Annual administration report of the Civil Veterinary Department of India - 1898-1899
Year: 1898
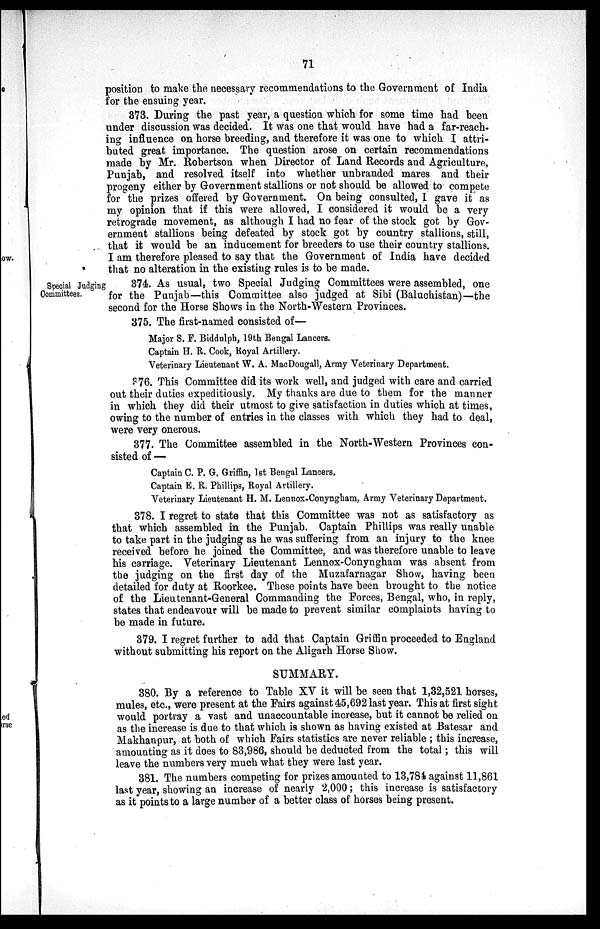
71
position to make the necessary recommendations to the Government of India
for the ensuing year.
373. During the past year, a question which for some time had been
under discussion was decided. It was one that would have had a far-reach-
ing influence on horse breeding, and therefore it was one to which I attri-
buted great importance. The question arose on certain recommendations
made by Mr. Robertson when Director of Land Records and Agriculture,
Punjab, and resolved itself into whether unbranded mares and their
progeny either by Government stallions or not should be allowed to compete
for the prizes offered by Government. On being consulted, I gave it as
my opinion that if this were allowed, I considered it would be a very
retrograde movement, as although I had no fear of the stock got by Gov-
ernment stallions being defeated by stock got by country stallions, still,
that it would be an inducement for breeders to use their country stallions.
I am therefore pleased to say that the Government of India have decided
that no alteration in the existing rules is to be made.
Special Judging
Committees.
374. As usual, two Special Judging Committees were assembled, one
for the Punjab—this Committee also judged at Sibi (Baluchistan)—the
second for the Horse Shows in the North-Western Provinces.
375. The first-named consisted of—
Major S. F. Biddulph, 19th Bengal Lancers.
Captain H. R. Cook, Royal Artillery.
Veterinary Lieutenant W. A. MacDougall, Army Veterinary Department.
376. This Committee did its work well, and judged with care and carried
out their duties expeditiously. My thanks are due to them for the manner
in which they did their utmost to give satisfaction in duties which at times,
owing to the number of entries in the classes with which they had to deal,
were very onerous.
377. The Committee assembled in the North-Western Provinces con-
sisted of—
Captain C. P. G. Griffin, 1st Bengal Lancers.
Captain E. R. Phillips, Royal Artillery.
Veterinary Lieutenant H. M. Lennox-Conyngham, Army Veterinary Department.
378. I regret to state that this Committee was not as satisfactory as
that which assembled in the Punjab. Captain Phillips was really unable
to take part in the judging as he was suffering from an injury to the knee
received before he joined the Committee, and was therefore unable to leave
his carriage. Veterinary Lieutenant Lennox-Conyngham was absent from
the judging on the first day of the Muzafarnagar Show, having been
detailed for duty at Roorkee. These points have been brought to the notice
of the Lieutenant-General Commanding the Forces, Bengal, who, in reply,
states that endeavour will be made to prevent similar complaints having to
be made in future.
379. I regret further to add that Captain Griffin proceeded to England
without submitting his report on the Aligarh Horse Show.
SUMMARY.
380. By a reference to Table XV it will be seen that 1,32,521 horses,
mules, etc., were present at the Fairs against 45,692 last year. This at first sight
would portray a vast and unaccountable increase, but it cannot be relied on
as the increase is due to that which is shown as having existed at Batesar and
Makhanpur, at both of which Fairs statistics are never reliable; this increase,
amounting as it does to 83,986, should be deducted from the total; this will
leave the numbers very much what they were last year.
381. The numbers competing for prizes amounted to 13,784 against 11,861
last year, showing an increase of nearly 2,000; this increase is satisfactory
as it points to a large number of a better class of horses being present.